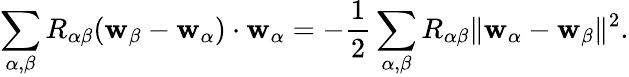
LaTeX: \begin{array}{r}{\displaystyle\sum_{\alpha,{\beta}}R_{\alpha{\beta}}(\mathbf{w}_{\beta}-\mathbf{w}_{\alpha})\cdot\mathbf{w}_{\alpha}=-\frac{1}{2}\displaystyle\sum_{\alpha,{\beta}}R_{\alpha{\beta}}\| \mathbf{w}_{\alpha}-\mathbf{w}_{\beta}\| ^{2}.}\end{array}